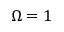
\Omega = 1